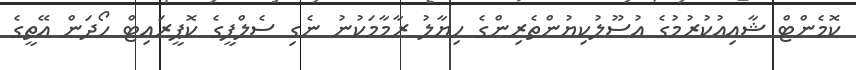
ކޮމެންޓް ޝާއިއުކުރުމުގެ އުސޫލުކިޔުންތެރިންގެ ހިޔާލު ރާމާމަކުނު ނެގި ސެލްފީގެ ކޮޕީރައިޓް ހޯދަން އޭތީގެ